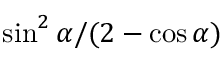
\sin ^ { 2 } \alpha / ( 2 - \cos \alpha )